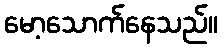
မော့သောက်နေသည်။